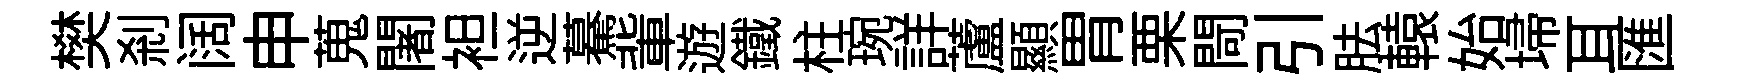
樊刹阔申蒐闍袒逆驀軰遊鐵柱琬詳蘆顯胃栗閜引胠轅始埽耳匯